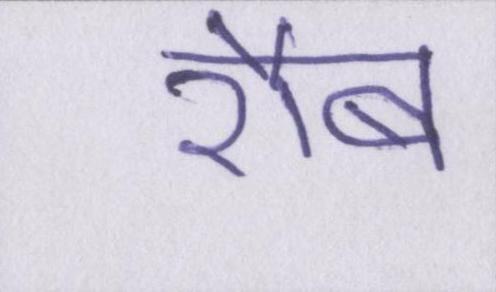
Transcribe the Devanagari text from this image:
रौब